Civil Veterinary Dept. Assam report 1911-1927 - 1911-1927
Year: 1911
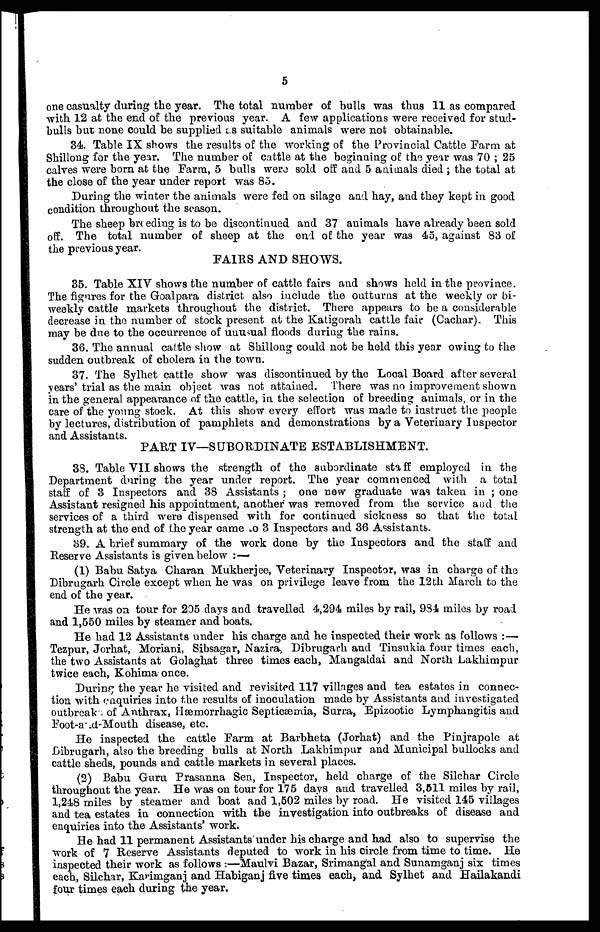
5
one casualty during the year. The total number of bulls was thus 11 as compared
with 12 at the end of the previous year. A few applications were received for stud-
bulls but none could be supplied as suitable animals were not obtainable.
34. Table IX shows the results of: the working of the Provincial Cattle Farm at
Shillong for the year. The number of cattle at the beginning of the year was 70 ; 25
calves were born at the Farm, 5 bulls were sold off and 5 animals died ; the total at
the close of the year under report was 85.
During the winter the animals were fed on silage and hay, and they kept in good
condition throughout the season.
The sheep breeding is to be discontinued and 37 animals have already been sold
off. The total number of sheep at the end of the year was 45, against 83 of
the previous year.
FAIRS AND SHOWS.
35. Table XIV shows the number of cattle fairs and shows held in the province.
The figures for the Goalpara district also include the outturns at the weekly or bi-
weekly cattle markets throughout the district. There appears to be a considerable
decrease in the number of stock present at the Katigorah cattle fair (Cachar). This
may be doe to the occurrence of unusual floods during the rains.
36. The annual cattle show at Shillong could not be held this year owing to the
sudden outbreak of cholera in the town.
37. The Sylhet cattle show was discontinued by the Local Board after several
years' trial as the main object was not attained. There was no improvement shown
in the general appearance of the cattle, in the selection of breeding animals, or in the
care of the young stock. At this show every effort was made to instruct the people
by lectures, distribution of pamphlets and demonstrations by a Veterinary Inspector
PART IV—SUBORDINATE ESTABLISHMENT.
38. Table VII shows the strength of the subordinate staff employed in the
Department during the year under report. The year commenced with a total
staff of 3 Inspectors and 38 Assistants ; one new graduate was taken in ; one
Assistant resigned his appointment, another was removed from the service and the
services of a third were dispensed with for continued sickness so that the total
strength at the end of the year came to 3 Inspectors and 36 Assistants.
39. A brief summary of the work done by the Inspectors and the staff and
Reserve Assistants is given below :—
(1) Babu Satya Charan Mukherjee, Veterinary Inspector, was in charge of the
Dibrugarh Circle except when he was on privilege leave from the 12th March to the
end of the year.
He was on tour for 205 days and travelled 4,294 miles by rail, 984 miles by road
and 1,550 miles by steamer and boats.
He had 12 Assistants under his charge and he inspected their work as follows :—
Tezpur, Jorhat, Moriani, Sibsagar, Nazira, Dibrugarh and Tinsukia four times each,
the two Assistants at Golaghat three times each, Mangaldai and North Lakhimpur
twice each, Kohima once.
During the year he visited and revisited 117 villages and tea estates in connec-
tion with enquiries into the results of inoculation made by Assistants and investigated
outbreaks of Anthrax, Hæmorrhagic Septicæmia, Surra, Epizootic Lymphangitis and
Foot-and-Mouth disease, etc.
He inspected the cattle Farm at Barbheta (Jorhat) and the Pinjrapole at
Dibrugarh, also the breeding bulls at North Lakhimpur and Municipal bullocks and
cattle sheds, pounds and cattle markets in several places.
(2) Babu Guru Prasanna Sen, Inspector, held charge of the Silchar Circle
throughout the year. He was on tour for 175 days and travelled 3,511 miles by rail,
1,248 miles by steamer and boat and 1,502 miles by road. He visited 145 villages
and tea estates in connection with the investigation into outbreaks of disease and
enquiries into the Assistants' work.
He had 11 permanent Assistants under his charge and had also to supervise the
work of 7 Reserve Assistants deputed to work in his circle from time to time. He
inspected their work as follows :—Maulvi Bazar, Srimangal and Sunamganj six times
each, Silchar, Karimganj and Habiganj five times each, and Sylhet and Hailakandi
four times each during the year.